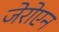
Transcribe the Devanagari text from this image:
जेरोएन